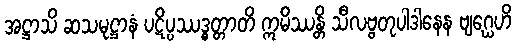
အဋ္ဌာသိ ဆသမုဋ္ဌာနံ ပဋိပ္ပဿဒ္ဓတ္တာတိ ဣမိဿန္တိ သီလဗ္ဗတုပါဒါနေန ဗျဂ္ဃေဟိ